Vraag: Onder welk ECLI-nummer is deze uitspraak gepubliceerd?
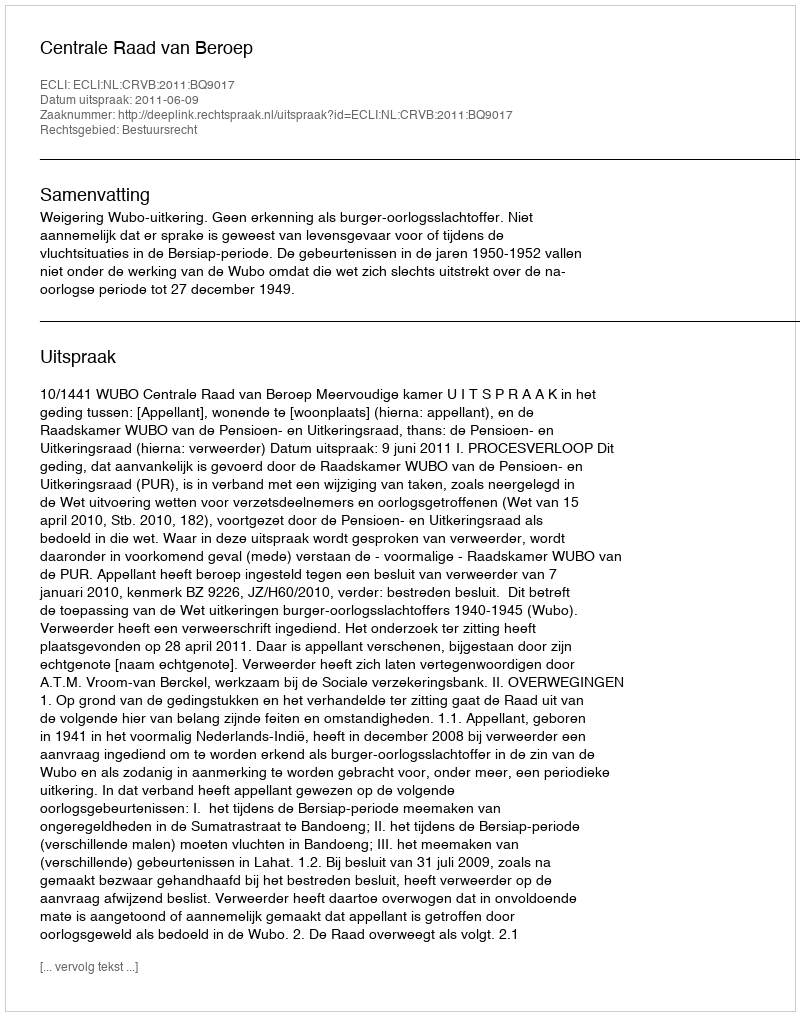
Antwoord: ECLI:NL:CRVB:2011:BQ9017